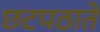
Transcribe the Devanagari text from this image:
छटपठाते